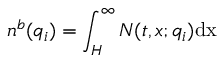
n ^ { b } ( q _ { i } ) = \int _ { H } ^ { \infty } N ( t , x ; q _ { i } ) \mathrm { { d } x }